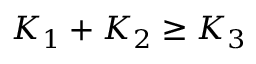
K _ { 1 } + K _ { 2 } \geq K _ { 3 }